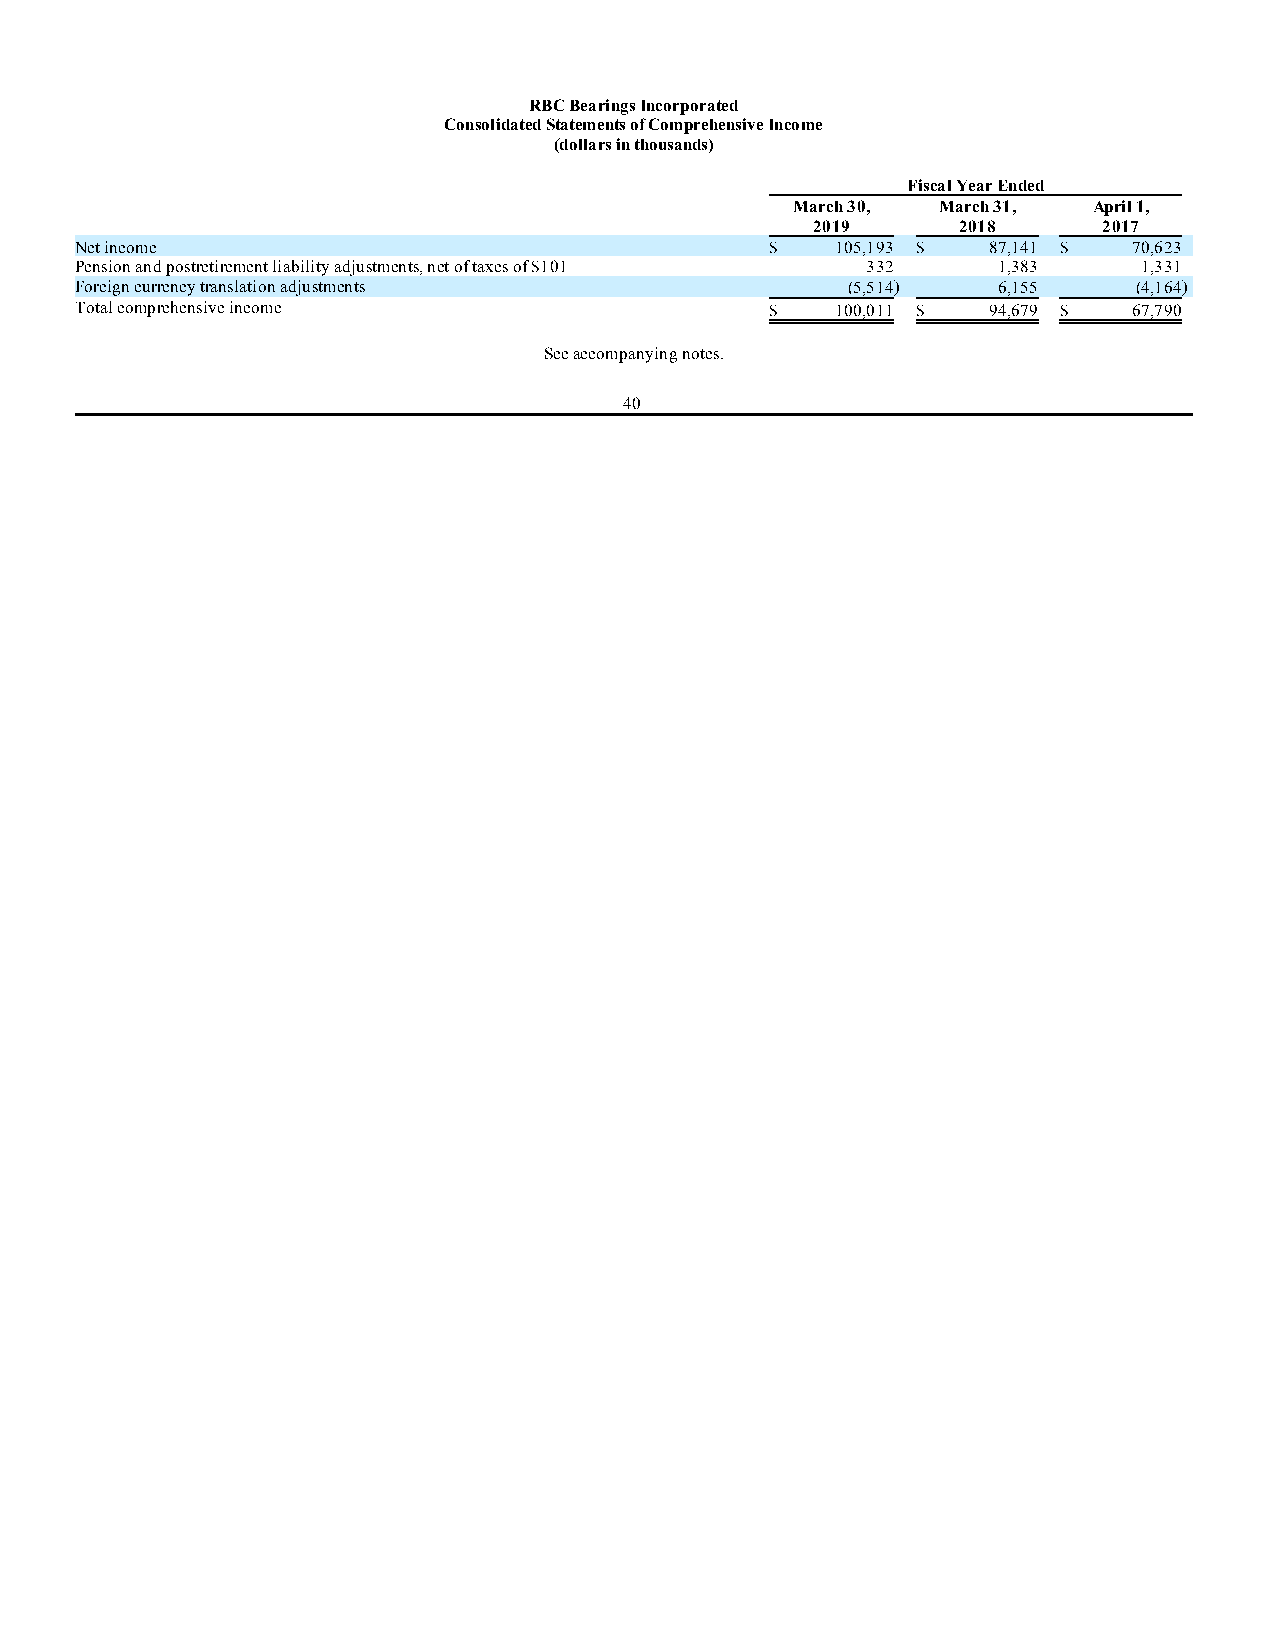
RBC Bearings Incorporated
 Consolidated Statements of Comprehensive Income
 (dollars in thousands)
 Fiscal Year Ended
 March 30, March 31, April 1,
 2019     2018      2017
 Net income                                    $   105,193 $ 87,141 $  70,623
 Pension and postretirement liability adjustments, net of taxes of $101 332 1,383 1,331
 Foreign currency translation adjustments           (5,514)   6,155    (4,164)
 Total comprehensive income                    $   100,011 $ 94,679 $  67,790
 See accompanying notes.
 40